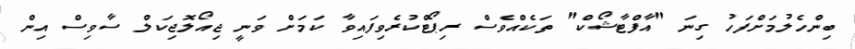
ބިންހެލުމަށްފަހު ގިނަ "އާފްޓާޝޯކް" ތަކެއްވެސް ރިޕޯޓްކުރެވިފައިވާ ކަމަށް ވަނީ ޖިއޯލޮޖިކަލް ސާވިސް އިން